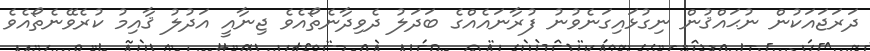
ދަރަޖައަކުން ނުޙައްޤުން ނިގުޅައިގަނެވުނު ފުރާނައެއްގެ ބަދަލު ދެވިދާނެތޯއެވެ ޖިނާއީ އަދުލު ޤާއިމު ކުރެވޭނެތޯއެވެ